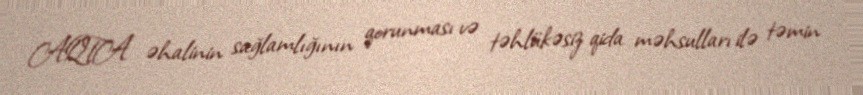
AQTA əhalinin sağlamlığının qorunması və təhlükəsiz qida məhsulları ilə təmin